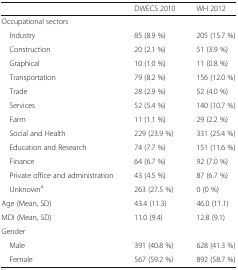
|  | DWECS 2010 | WH 2012 |
 | --- | --- | --- |
 | <COLSPAN=3> Occupational sectors |
 | Industry | 85 (8.9 %) | 205 (15.7 %) |
 | Construction | 20 (2.1 %) | 51 (3.9 %) |
 | Graphical | 10 (1.0 %) | 11 (0.8 %) |
 | Transportation | 79 (8.2 %) | 156 (12.0 %) |
 | Trade | 28 (2.9 %) | 52 (4.0 %) |
 | Services | 52 (5.4 %) | 140 (10.7 %) |
 | Farm | 11 (1.1 %) | 29 (2.2 %) |
 | Social and Health | 229 (23.9 %) | 331 (25.4 %) |
 | Education and Research | 74 (7.7 %) | 151 (11.6 %) |
 | Finance | 64 (6.7 %) | 92 (7.0 %) |
 | Private office and administration | 43 (4.5 %) | 87 (6.7 %) |
 | Unknowna | 263 (27.5 %) | 0 (0 %) |
 | Age (Mean, SD) | 43.4 (11.3) | 46.0 (11.1) |
 | MDI (Mean, SD) | 11.0 (9.4) | 12.8 (9.1) |
 | <COLSPAN=3> Gender |
 | Male | 391 (40.8 %) | 628 (41.3 %) |
 | Female | 567 (59.2 %) | 892 (58.7 %) |